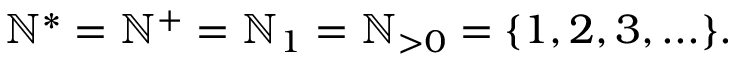
\mathbb { N } ^ { * } = \mathbb { N } ^ { + } = \mathbb { N } _ { 1 } = \mathbb { N } _ { > 0 } = \{ 1 , 2 , 3 , . . . \} .